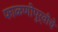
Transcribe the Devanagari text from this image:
फाळणीपुर्वीचे